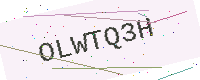
Text: OLWTQ3H